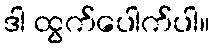
ဒါ ထွက်ပေါက်ပါ။